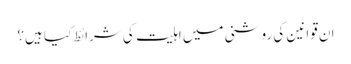
ان قوانین کی روشنی میں اہلیت کی شرائط کیا ہیں؟